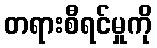
တရားစီရင်မှုကို